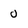
Character: 0